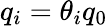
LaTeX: q_{i}=\theta_{i}q_{0}